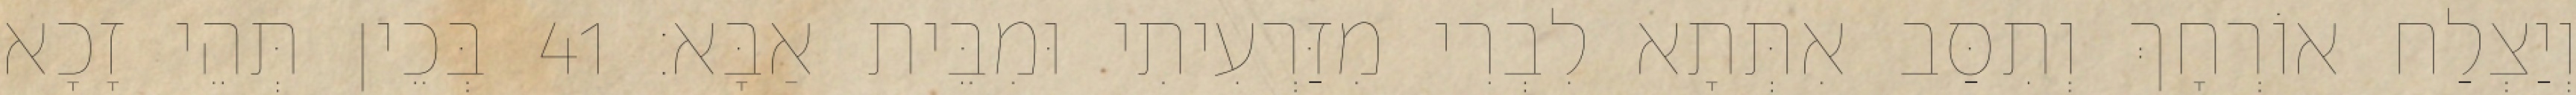
וְיַצְלַח אוֹרְחָךְ וְתִסַּב אִתְּתָא לִבְרִי מִזַּרְעִיתִי וּמִבֵּית אַבָּא׃ 41 בְּכֵין תְּהֵי זָכָא